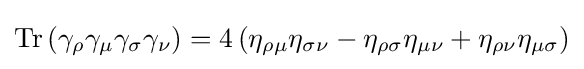
\operatorname {Tr} \left(\gamma _{\rho }\gamma _{\mu }\gamma _{\sigma }\gamma _{\nu }\right)=4\left(\eta _{\rho \mu }\eta _{\sigma \nu }-\eta _{\rho \sigma }\eta _{\mu \nu }+\eta _{\rho \nu }\eta _{\mu \sigma }\right)